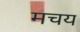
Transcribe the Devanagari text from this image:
मचय